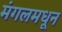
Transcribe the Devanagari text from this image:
मंगलमधून